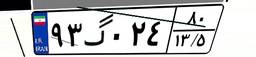
۹۳گ۰۲۴۸۰